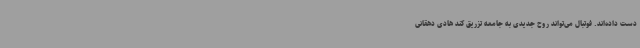
دست داده‌اند. فوتبال می‌تواند روح جدیدی به جامعه تزریق کند هادی دهقانی